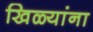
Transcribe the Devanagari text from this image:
खिळ्यांना